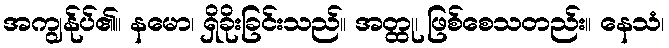
အကျွန်ုပ်၏။ နမော၊ ရှိခိုးခြင်းသည်။ အတ္ထု၊ ဖြစ်စေသတည်း။ နေသံ၊